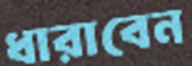
ধারাবেন